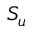
S _ { u }